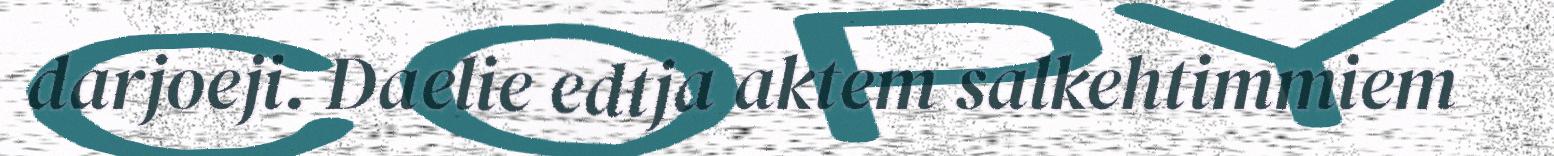
darjoeji. Daelie edtja aktem salkehtimmiem